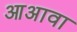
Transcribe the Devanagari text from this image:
आअावा